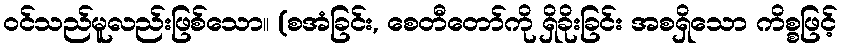
ဝင်သည်မူလည်းဖြစ်သော။ (စအံခြင်း, စေတီတော်ကို ရှိခိုးခြင်း အစရှိသော ကိစ္စဖြင့်